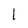
Character: 1